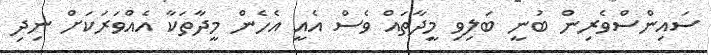
ސައިންސްވެރިން ބުނީ ބަލިވި މީދާތައް ވެސް އެއީ އެހެން މީދާތަކާ އެއްވަރަކަށް ނިދި